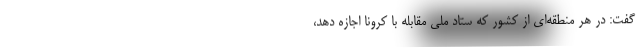
گفت: در هر منطقه‌ای از کشور که ستاد ملی مقابله با کرونا اجازه دهد،